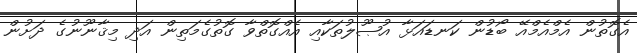
އެގޮތުން އެމްއެމްއޭ ބޯޑުން ކަނޑައަޅާ އުޞޫލުތަކާއި އެއްގޮތްވާ ގޮތުގެމަތިން އަދި މިޤާނޫނުގެ ދަށުން